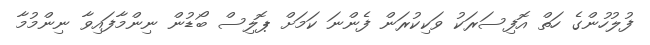
ފުލުހުންގެ ހަތް އޮފިސަރަކު ވަކިކުރަން ފެންނަ ކަމަށް ޕޮލިސް ބޯޑުން ނިންމާފައިވާ ނިންމުމާ